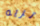
تريه